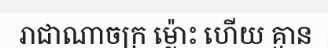
រាជាណាចក្រ ម្ល៉ោះ ហើយ គ្មាន